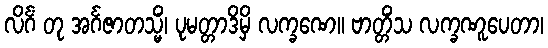
လိင်္ဂံ တု အင်္ဂဇာတသ္မိံ၊ ပုမတ္တာဒိမှိ လက္ခဏေ။ ဗာတ္တိံသ လက္ခဏူပေတာ၊